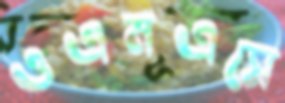
ওএমএসে